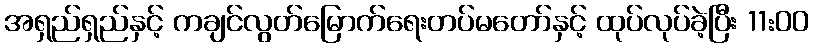
အရှည်ရှည်နှင့် ကချင်လွတ်မြောက်ရေးတပ်မတော်နှင့် ထုပ်လုပ်ခဲ့ပြီး 11:00